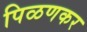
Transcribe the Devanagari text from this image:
पिळणकर